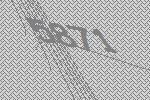
5871